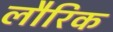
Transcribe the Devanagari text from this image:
लौरिक